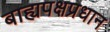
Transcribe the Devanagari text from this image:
बाह्यपक्षप्रधान